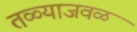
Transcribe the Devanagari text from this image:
तळ्याजवळ